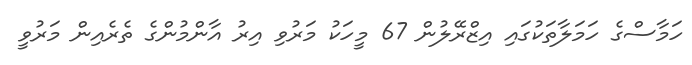
ހަމާސްގެ ހަމަލާތަކުގައި އިޒްރޭލުން 67 މީހަކު މަރުވި އިރު އާންމުންގެ ތެރެއިން މަރުވީ